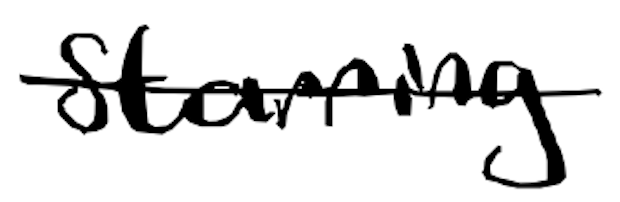
Text: starring
Cross-out: single-line
Writing tool: digital_black